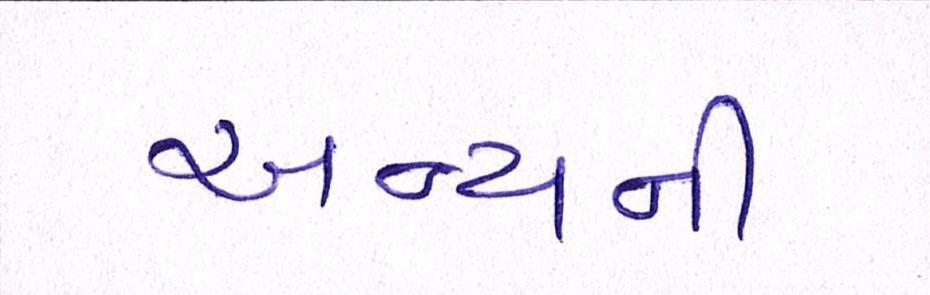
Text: અન્યની